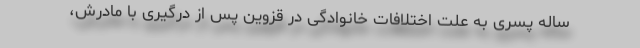
ساله پسری به علت اختلافات خانوادگی در قزوین پس از درگیری با مادرش،